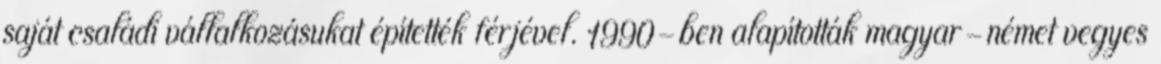
saját családi vállalkozásukat építették férjével. 1990-ben alapították magyar-német vegyes